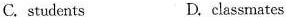
C.students D.classmates